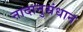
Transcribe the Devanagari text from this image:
नादानुसंधान